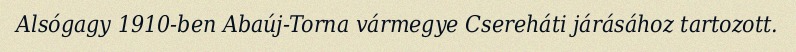
Alsógagy 1910-ben Abaúj-Torna vármegye Csereháti járásához tartozott.